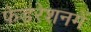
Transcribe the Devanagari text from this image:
फेडरेशनमें